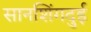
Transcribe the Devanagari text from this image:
सानशिंगदुई